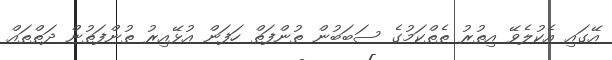
އޭގައި އެކުލެވޭ އިތުރު ތެތްކަމުގެ ސަބަބުން ތުންފަތް ހަފަން އުޅޭއިރު ތުންފަތުން ދަތްތައް